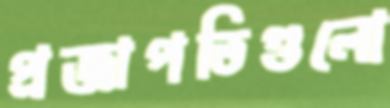
প্রজাপতিগুলো